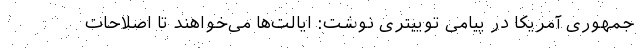
جمهوری آمریکا در پیامی توییتری نوشت: ایالت‌ها می‌خواهند تا اصلاحات